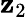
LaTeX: \mathbf{z}_{2}